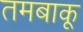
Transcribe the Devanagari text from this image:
तमबाकू